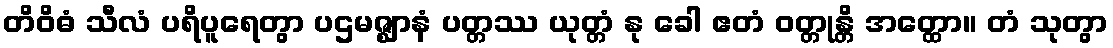
တိဝိဓံ သီလံ ပရိပူရေတွာ ပဌမဇ္ဈာနံ ပတ္တဿ ယုတ္တံ နု ခေါ ဧတံ ဝတ္တုန္တိ အတ္ထော။ တံ သုတွာ